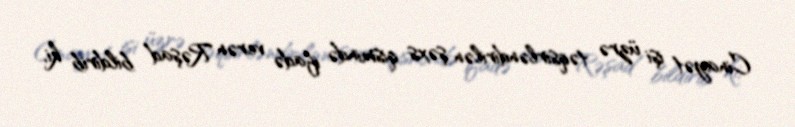
Cinayət işi üzrə təqsirləndirilən şəxs qismində ifadə verən Rəşad bildirib ki,